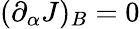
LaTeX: (\partial_{\alpha}J)_{B}=0